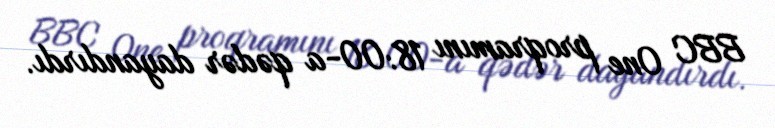
BBC One proqramını 18:00-a qədər dayandırdı.